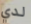
لدي